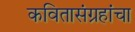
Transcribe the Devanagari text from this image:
कवितासंग्रहांचा